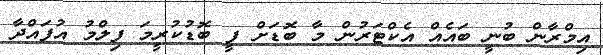
އިމްރާން ބުނީ ބައެއް އެކްޓަރުން މާ ބޮޑަށް ފީ ބޮޑުކުރީމަ ފިލްމު އުފައްދާ